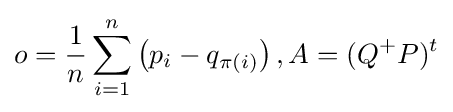
o={\frac {1}{n}}\sum _{i=1}^{n}\left(p_{i}-q_{\pi (i)}\right),A=(Q^{+}P)^{t}